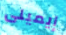
إيميلى